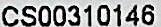
CS00310146